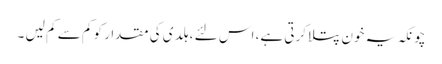
چونکہ یہ خون پتلا کرتی ہے، اس لئے ، ہلدی کی مقدار کو کم سے کم لیں ۔